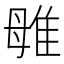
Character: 𨾥